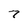
Character: 7